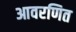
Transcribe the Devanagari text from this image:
आवरणित